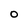
Character: O